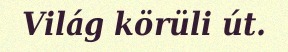
Világ körüli út.